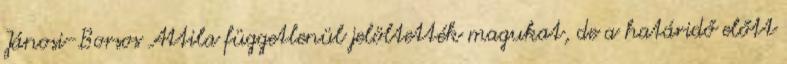
Jánosi-Borsos Attila függetlenül jelöltették magukat, de a határidő előtt